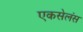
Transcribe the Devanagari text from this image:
एकसेलंस